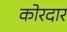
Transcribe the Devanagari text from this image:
कोरदार